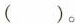
()。